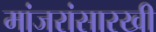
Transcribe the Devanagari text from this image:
मांजरांसारखी